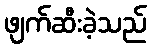
ဖျက်ဆီးခဲ့သည်